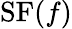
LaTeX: \operatorname{SF}(f)